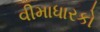
વીમાધારકો